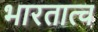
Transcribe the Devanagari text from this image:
भारतात्च